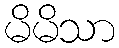
မိမိသာ